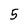
Character: 5